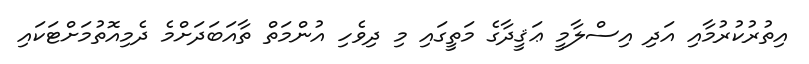
އިތުރުކުރުމާއި އަދި އިސްލާމީ ޢަޤީދާގެ މަތީގައި މި ދިވެހި އުންމަތް ތާއަބަދަށްމެ ދެމިއޮތުމަށްޓަކައި